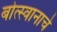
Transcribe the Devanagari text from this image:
बोत्स्वानाचे